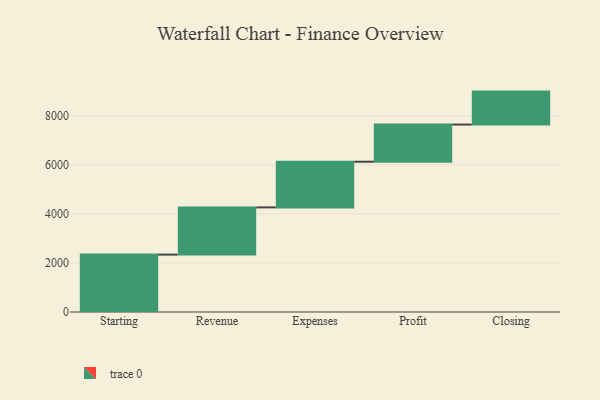
{"axis": {"x": "Step", "y": "Value"}, "legend": [""], "data": [{"x": "Starting", "y": 2341.0, "type": ""}, {"x": "Revenue", "y": 1926.0, "type": ""}, {"x": "Expenses", "y": 1863.0, "type": ""}, {"x": "Profit", "y": 1516.0, "type": ""}, {"x": "Closing", "y": 1344.0, "type": ""}]}